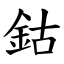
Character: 鈷